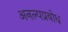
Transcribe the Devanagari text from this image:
अनल्पप्रबोध